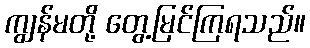
ကျွန်မတို့ တွေ့မြင်ကြရသည်။